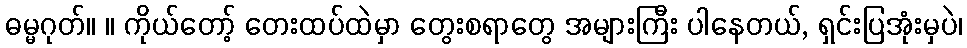
ဓမ္မဂုတ်။ ။ ကိုယ်တော့် တေးထပ်ထဲမှာ တွေးစရာတွေ အများကြီး ပါနေတယ်, ရှင်းပြအုံးမှပဲ၊